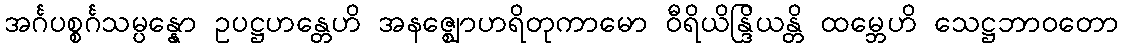
အင်္ဂပစ္စင်္ဂသမ္ပန္နော ဥပဋ္ဌဟန္တေဟိ အနဇ္ဈောဟရိတုကာမော ဝီရိယိန္ဒြိယန္တိ ထမ္ဘေဟိ သေဋ္ဌဘာဝတော